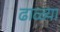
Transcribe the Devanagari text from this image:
ढाळ्या